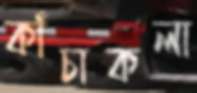
কাঁচাকলা